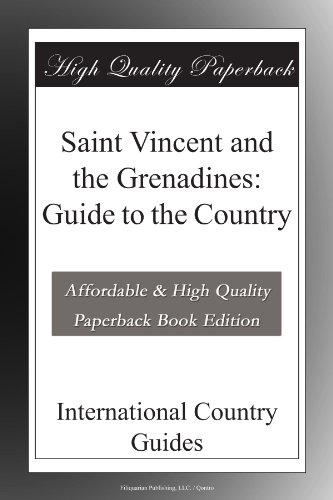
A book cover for Saint Vincent and the Grenadines: Guide to the Country; International Country Guides; Travel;